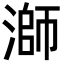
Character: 溮